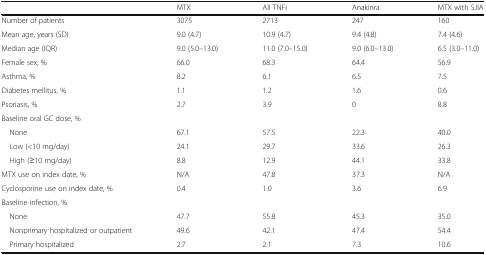
<table><thead><tr><td></td><td><b>MTX</b></td><td><b>All TNFi</b></td><td><b>Anakinra</b></td><td><b>MTX with SJIA</b></td></tr></thead><tbody><tr><td>Number of patients</td><td>3075</td><td>2713</td><td>247</td><td>160</td></tr><tr><td>Mean age, years (SD)</td><td>9.0 (4.7)</td><td>10.9 (4.7)</td><td>9.4 (4.8)</td><td>7.4 (4.6)</td></tr><tr><td>Median age (IQR)</td><td>9.0 (5.0–13.0)</td><td>11.0 (7.0–15.0)</td><td>9.0 (6.0–13.0)</td><td>6.5 (3.0–11.0)</td></tr><tr><td>Female sex, %</td><td>66.0</td><td>68.3</td><td>64.4</td><td>56.9</td></tr><tr><td>Asthma, %</td><td>8.2</td><td>6.1</td><td>6.5</td><td>7.5</td></tr><tr><td>Diabetes mellitus, %</td><td>1.1</td><td>1.2</td><td>1.6</td><td>0.6</td></tr><tr><td>Psoriasis, %</td><td>2.7</td><td>3.9</td><td>0</td><td>8.8</td></tr><tr><td colspan="5">Baseline oral GC dose, %</td></tr><tr><td> None</td><td>67.1</td><td>57.5</td><td>22.3</td><td>40.0</td></tr><tr><td> Low (&lt;10 mg/day)</td><td>24.1</td><td>29.7</td><td>33.6</td><td>26.3</td></tr><tr><td> High (≥10 mg/day)</td><td>8.8</td><td>12.9</td><td>44.1</td><td>33.8</td></tr><tr><td>MTX use on index date, %</td><td>N/A</td><td>47.8</td><td>37.3</td><td>N/A</td></tr><tr><td>Cyclosporine use on index date, %</td><td>0.4</td><td>1.0</td><td>3.6</td><td>6.9</td></tr><tr><td colspan="5">Baseline infection, %</td></tr><tr><td> None</td><td>47.7</td><td>55.8</td><td>45.3</td><td>35.0</td></tr><tr><td> Nonprimary hospitalized or outpatient</td><td>49.6</td><td>42.1</td><td>47.4</td><td>54.4</td></tr><tr><td> Primary hospitalized</td><td>2.7</td><td>2.1</td><td>7.3</td><td>10.6</td></tr></tbody></table>